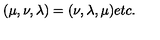
( \mu , \nu , \lambda ) = ( \nu , \lambda , \mu ) e t c .